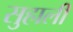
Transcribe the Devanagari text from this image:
सुहाली